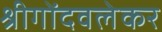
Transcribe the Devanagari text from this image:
श्रीगोंदवलेकर